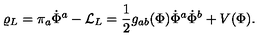
\varrho _ { L } = \pi _ { a } \dot { \Phi } ^ { a } - { \cal L } _ { L } = { \frac { 1 } { 2 } } g _ { a b } ( \Phi ) \dot { \Phi } ^ { a } \dot { \Phi } ^ { b } + V ( \Phi ) .